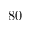
8 0